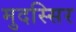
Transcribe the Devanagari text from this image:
मुदस्सिर